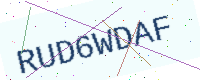
Text: RUD6WDAF